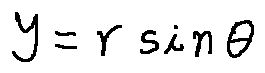
y = r \sin \theta